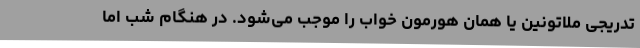
تدریجی ملاتونین یا همان هورمون خواب را موجب می‌شود. در هنگام شب اما